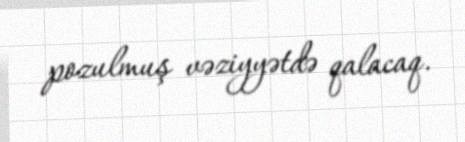
pozulmuş vəziyyətdə qalacaq.